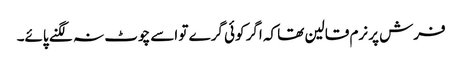
فرش پر نرم قالین تھا کہ اگر کوئی گرے تو اسے چوٹ نہ لگنے پائے۔